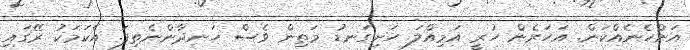
އަންހެނެއްކަން. އަހަރެން ހުރީ އަމިއްލަ ހަށިގަނޑު މަތިން ވެސް ހަނދާންނެތިފަ. އެކަމަކު ރޭގައި